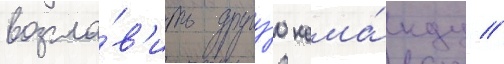
возгла́в'ить другу́ю кома́нду //